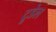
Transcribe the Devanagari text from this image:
ट्रुडेल